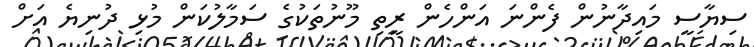
ސިޔާސީ މައިދާނުން ފެންނަ އަންހެން ރީތި މޫނުތަކުގެ ސަމާލުކަން މުޅި ދުނިޔެ އަށް